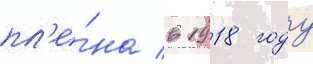
пл'е́на в 1918 году